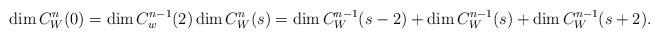
LaTeX: \begin{align*}\dim C_W^n(0) = \dim C_w^{n-1} (2) \dim C_W^n(s) = \dim C_W^{n-1} (s-2) + \dim C_W^{n-1} (s) + \dim C_W^{n-1} (s+2).\end{align*}